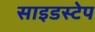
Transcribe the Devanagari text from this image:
साइडस्टेप